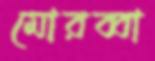
মোরব্বা